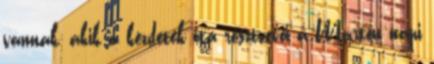
vannak, akik a kezdetek óta résztvevői a Márton napi